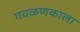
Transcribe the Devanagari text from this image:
गवळणकाला